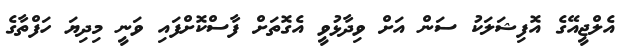
އެލްޖީއޭގެ އޮފިޝަލަކު ސަން އަށް ވިދާޅުވީ އެގޮތަށް ފާސްކޮށްފައި ވަނީ މިދިޔަ ހަފްތާގެ